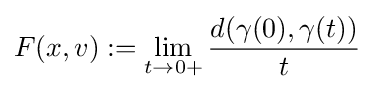
F(x,v):=\lim _{t\to 0+}{\frac {d(\gamma (0),\gamma (t))}{t}}